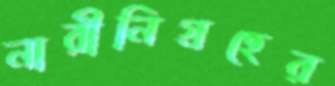
নারীনিগ্রহের